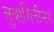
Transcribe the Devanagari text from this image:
सुवासिनीसह